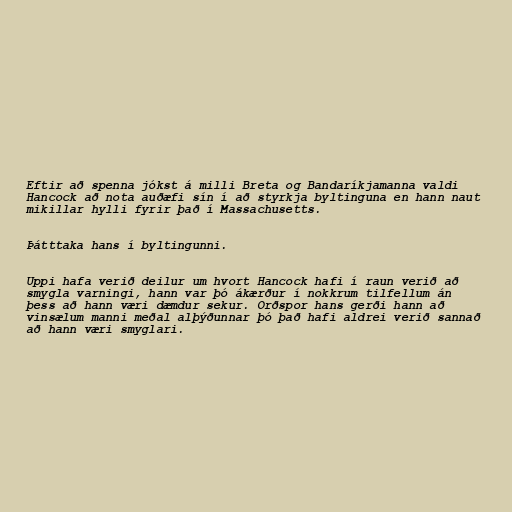
Eftir að spenna jókst á milli Breta og Bandaríkjamanna valdi
Hancock að nota auðæfi sín í að styrkja byltinguna en hann naut
mikillar hylli fyrir það í Massachusetts.

Þátttaka hans í byltingunni.

Uppi hafa verið deilur um hvort Hancock hafi í raun verið að
smygla varningi, hann var þó ákærður í nokkrum tilfellum án
þess að hann væri dæmdur sekur. Orðspor hans gerði hann að
vinsælum manni meðal alþýðunnar þó það hafi aldrei verið sannað
að hann væri smyglari.